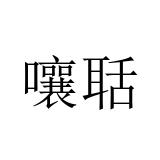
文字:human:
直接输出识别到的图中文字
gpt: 嚷聒